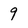
Character: 9